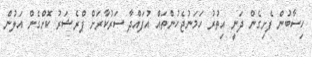
ހިސާބުން ފެށިގެން ދަނީ އިތުރު ހަމަނުޖެހުންތައް އުފައްދާ ސަރުކާރަށް ޕްރެޝަރު ކޮށްގެން އަލުން